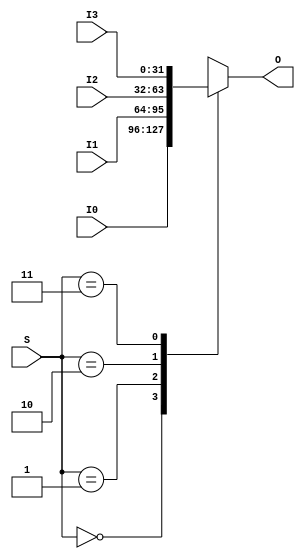
module Mux4to1_32b(
    input wire [1:0] S,
    input wire [31:0] I0,
    input wire [31:0] I1,
    input wire [31:0] I2,
    input wire [31:0] I3,
    output reg [31:0] O
);

    always @ * begin
        case (S)
            2'b00:
                O <= I0;
            2'b01:
                O <= I1;
            2'b10:
                O <= I2;
            2'b11:
                O <= I3;
            default: begin
                // exception
                O <= 0;
            end
        endcase
    end

endmodule